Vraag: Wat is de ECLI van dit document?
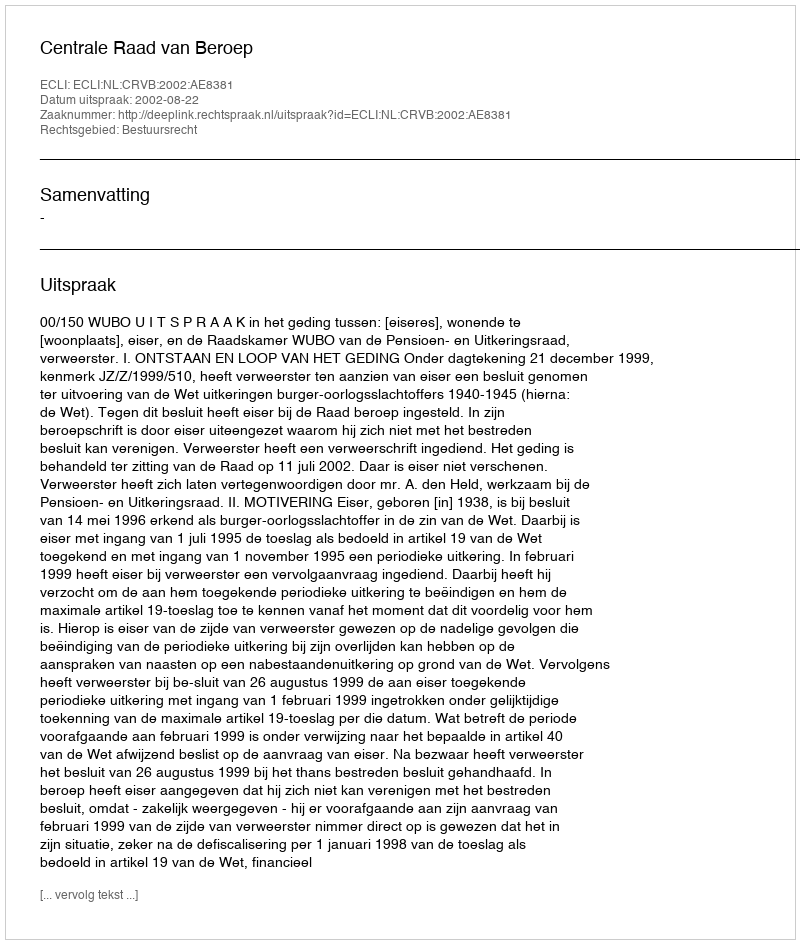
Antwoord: ECLI:NL:CRVB:2002:AE8381